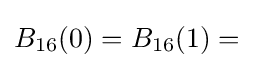
B_{16}(0)=B_{16}(1)={}